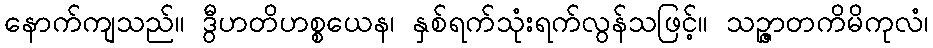
နောက်ကျသည်။ ဒွီဟတိဟစ္စယေန၊ နှစ်ရက်သုံးရက်လွန်သဖြင့်။ သဉ္ဇာတကိမိကုလံ၊